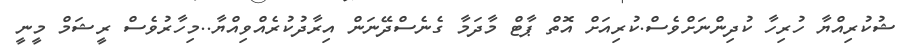
ޝުކުރިއްޔާ ހުރިހާ ކުދިންނަށްވެސް.ކުރިއަށް އޮތް ޕާޓް މާދަމާ ގެނެސްދޭނަން އިރާދުކުރެއްވިއްޔާ..މިހާރުވެސް ރީޝަމް މީނީ